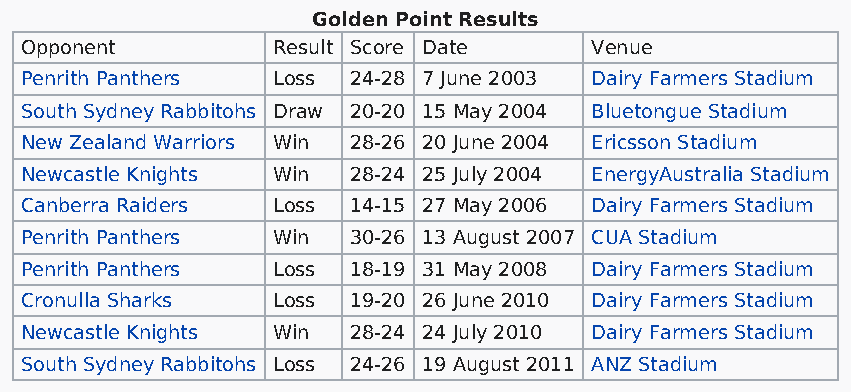
Golden Point Results
 Opponent         Result Score Date    Venue
 Penrith Panthers Loss 24-28 7 June 2003 Dairy Farmers Stadium
 South Sydney Rabbitohs Draw 20-20 15 May 2004 Bluetongue Stadium
 New Zealand Warriors Win 28-26 20 June 2004 Ericsson Stadium
 Newcastle Knights Win 28-24 25 July 2004 EnergyAustralia Stadium
 Canberra Raiders Loss 14-15 27 May 2006 Dairy Farmers Stadium
 Penrith Panthers Win  30-26 13 August 2007 CUA Stadium
 Penrith Panthers Loss 18-19 31 May 2008 Dairy Farmers Stadium
 Cronulla Sharks  Loss 19-20 26 June 2010 Dairy Farmers Stadium
 Newcastle Knights Win 28-24 24 July 2010 Dairy Farmers Stadium
 South Sydney Rabbitohs Loss 24-26 19 August 2011 ANZ Stadium